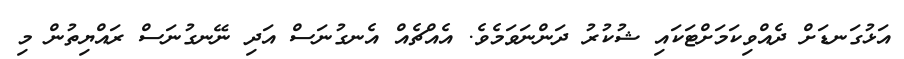
އަޅުގަނޑަށް ދެއްވިކަމަށްޓަކައި ޝުކުރު ދަންނަވަމެވެ. އެއްޗެެއް އެނގުނަސް އަދި ނޭނގުނަސް ރައްޔިތުން މި